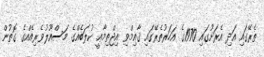
ތެރޭގައި އަދި އެރަށުގައި 1970ގެ އަހަރުތެރޭގައި ޤާއިމްވި އިޖްތިމާޢީ ކުލަބެއްގެ މަސްއޫލުވެރިއެއްގެ ގޮތުން